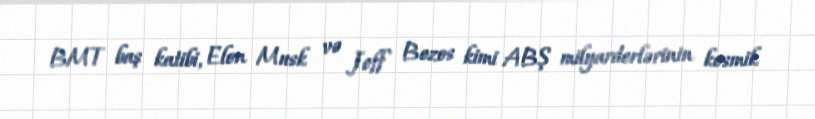
BMT baş katibi, Elon Musk və Jeff Bezos kimi ABŞ milyarderlərinin kosmik